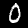
Label: 0